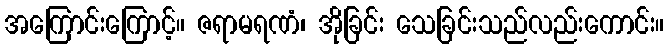
အကြောင်းကြောင့်။ ဇရာမရဏံ၊ အိုခြင်း သေခြင်းသည်လည်းကောင်း။